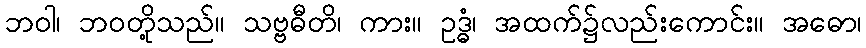
ဘဝါ၊ ဘဝတို့သည်။ သဗ္ဗဓီတိ၊ ကား။ ဥဒ္ဓံ၊ အထက်၌လည်းကောင်း။ အဓော၊